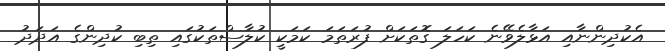
އެކުދިންނާއި އަޅާލެވޭނެ ކަހަލަ ގޮތަކަށް ފުރަތަމަ ކަމަކީ ކުލާސްތަކުގައި ތިބި ކުދިންގެ އަދަދު